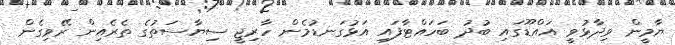
ޔާމީން ވިދާޅުވީ އައްޑޫގައި ބުދު ބަހައްޓާފައި އަޅުގަނޑުމެން ހާރިޖީ ސިޔާސަތުގެ ތެރެއިން ރޭވިގެން